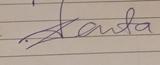
Signature authenticity: genuine